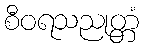
စီဝရသညုတ္တံ